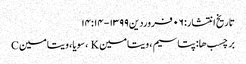
تاریخ انتشار: ۰۶ فروردین ۱۳۹۹ - ۱۴:۱۴
برچسب ها: پتاسیم ، ویتامین K ، سویا ، ویتامین C